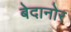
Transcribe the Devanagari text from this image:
बेदानोर